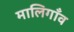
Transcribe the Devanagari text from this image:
मालिगाँव